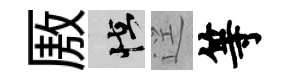
厫怪逕等